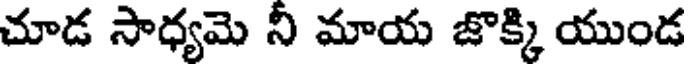
చూడ సాధ్యమె నీ మాయ జొక్కి యుండ